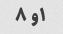
۱و ۸